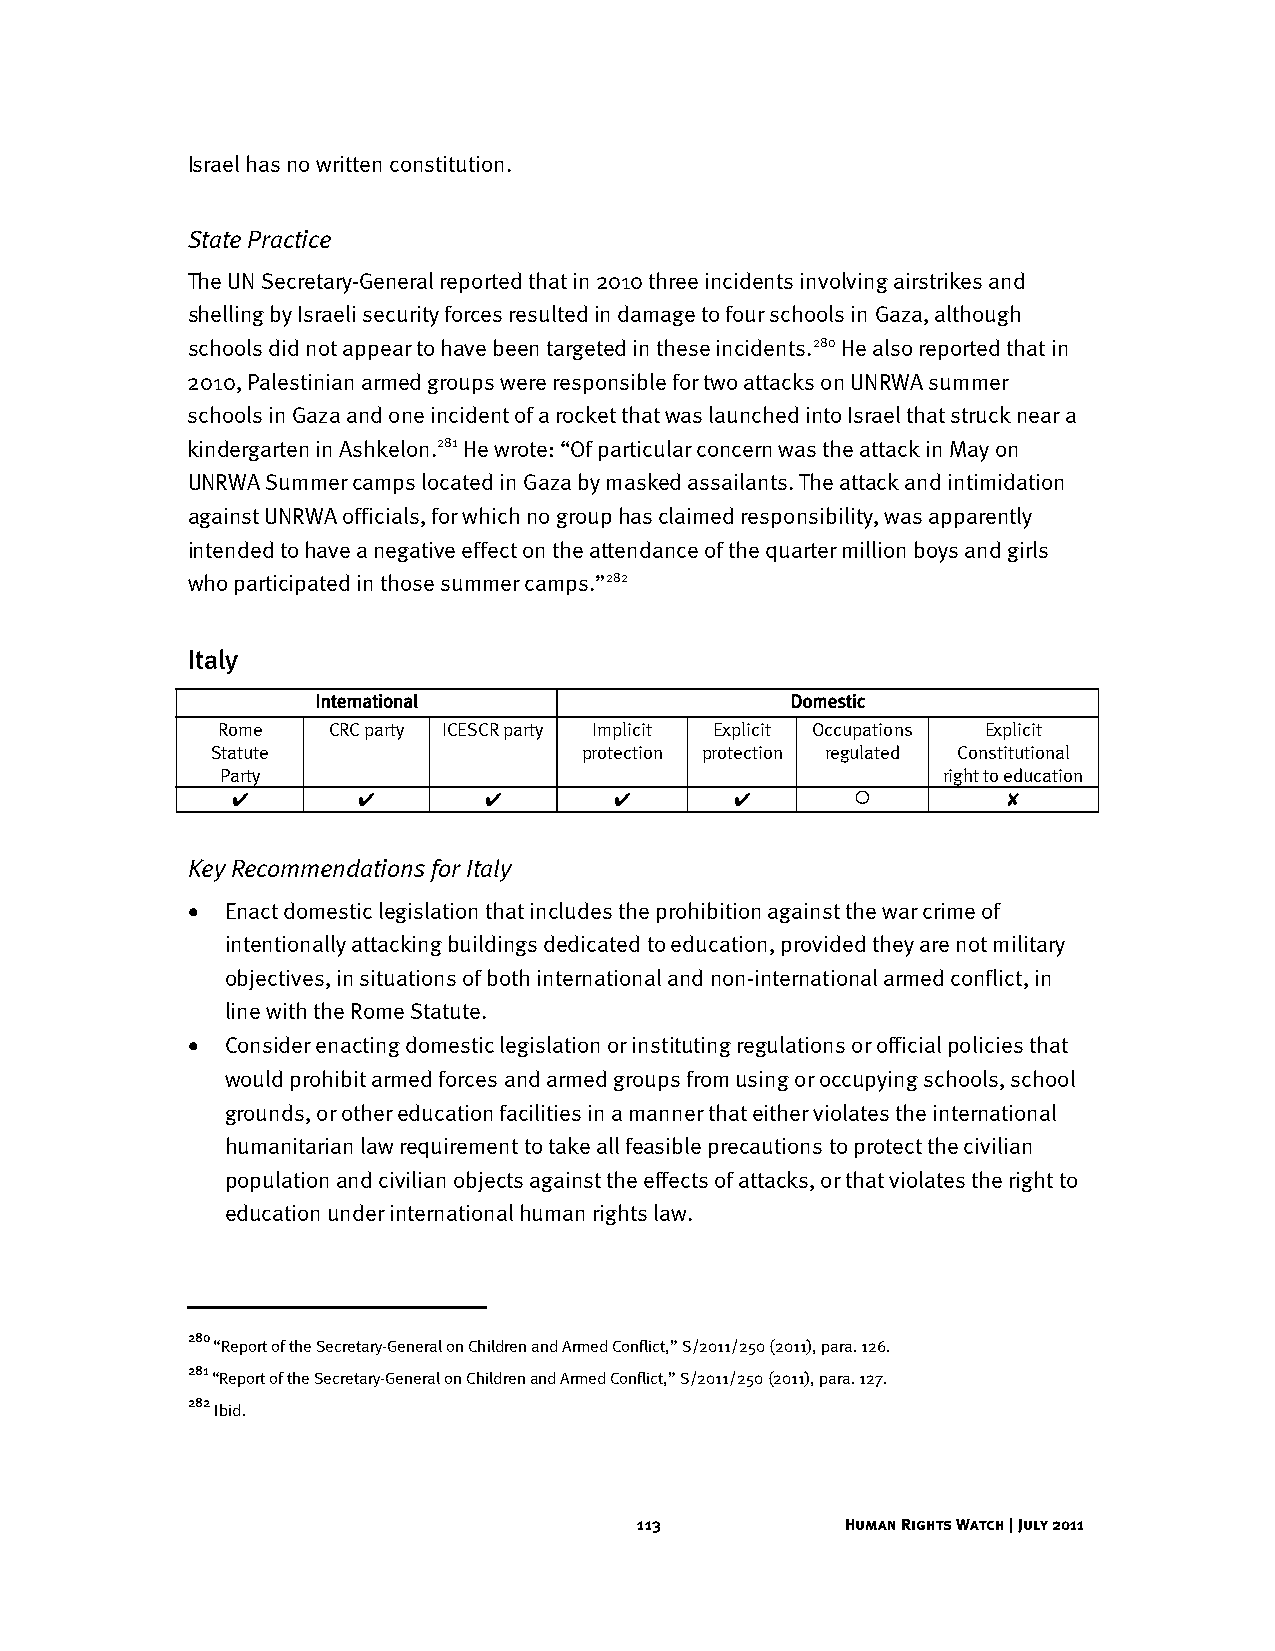
Israel has no written constitution.
 State Practice
 The UN Secretary-General reported that in 2010 three incidents involving airstrikes and
 shelling by Israeli security forces resulted in damage to four schools in Gaza, although
 schools did not appear to have been targeted in these incidents.280 He also reported that in
 2010, Palestinian armed groups were responsible for two attacks on UNRWA summer
 schools in Gaza and one incident of a rocket that was launched into Israel that struck near a
 kindergarten in Ashkelon.281 He wrote: “Of particular concern was the attack in May on
 UNRWA Summer camps located in Gaza by masked assailants. The attack and intimidation
 against UNRWA officials, for which no group has claimed responsibility, was apparently
 intended to have a negative effect on the attendance of the quarter million boys and girls
 who participated in those summer camps.”282
 Italy
 International                  Domestic
 Rome    CRC party ICESCR party Implicit Explicit Occupations Explicit
 Statute                  protection protection regulated Constitutional
 Party                                          right to education
 ✔        ✔       ✔        ✔       ✔               ✘
 Key Recommendations for Italy
 •  Enact domestic legislation that includes the prohibition against the war crime of
 intentionally attacking buildings dedicated to education, provided they are not military
 objectives, in situations of both international and non-international armed conflict, in
 line with the Rome Statute.
 •  Consider enacting domestic legislation or instituting regulations or official policies that
 would prohibit armed forces and armed groups from using or occupying schools, school
 grounds, or other education facilities in a manner that either violates the international
 humanitarian law requirement to take all feasible precautions to protect the civilian
 population and civilian objects against the effects of attacks, or that violates the right to
 education under international human rights law.
 280
 “Report of the Secretary-General on Children and Armed Conflict,” S/2011/250 (2011), para. 126.
 281
 “Report of the Secretary-General on Children and Armed Conflict,” S/2011/250 (2011), para. 127.
 282
 Ibid.
 113           Human Rights Watch | July 2011